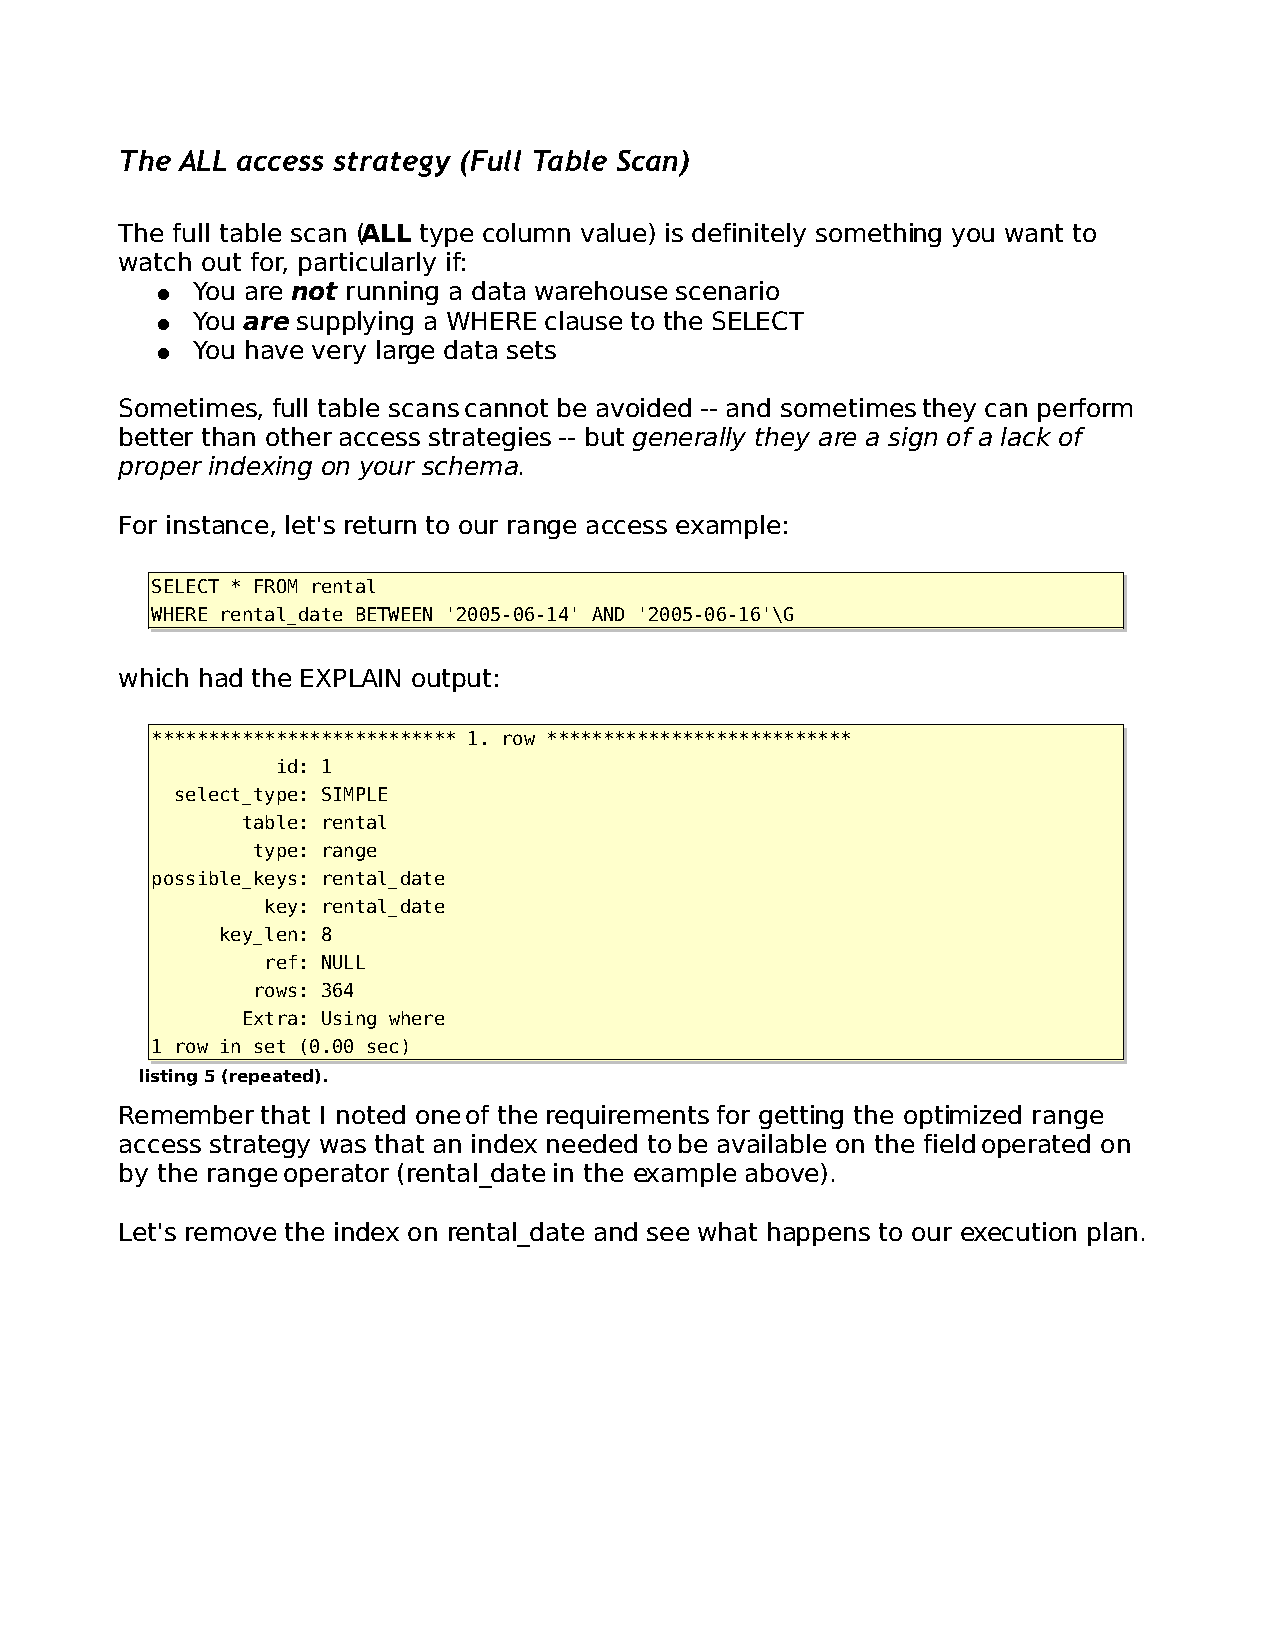
The ALL access strategy (Full Table Scan)
 The full table scan (ALL type column value) is definitely something you want to
 watch out for, particularly if:
 ●  You are not running a data warehouse scenario
 ●  You are supplying a WHERE clause to the SELECT
 ●  You have very large data sets
 Sometimes, full table scans cannot be avoided -- and sometimes they can perform
 better than other access strategies -- but generally they are a sign of a lack of
 proper indexing on your schema.
 For instance, let's return to our range access example:
 SELECT * FROM rental
 WHERE rental_date BETWEEN '2005-06-14' AND '2005-06-16'\G
 which had the EXPLAIN output:
 *************************** 1. row ***************************
 id: 1
 select_type: SIMPLE
 table: rental
 type: range
 possible_keys: rental_date
 key: rental_date
 key_len: 8
 ref: NULL
 rows: 364
 Extra: Using where
 1 row in set (0.00 sec)
 listing 5 (repeated).
 Remember that I noted one of the requirements for getting the optimized range
 access strategy was that an index needed to be available on the field operated on
 by the range operator (rental_date in the example above).
 Let's remove the index on rental_date and see what happens to our execution plan.